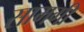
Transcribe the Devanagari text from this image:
सामगीं